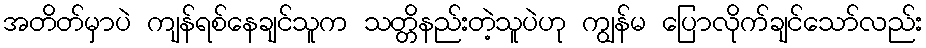
အတိတ်မှာပဲ ကျန်ရစ်နေချင်သူက သတ္တိနည်းတဲ့သူပဲဟု ကျွန်မ ပြောလိုက်ချင်သော်လည်း